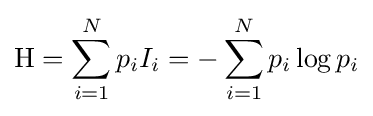
\mathrm {H} =\sum _{i=1}^{N}p_{i}I_{i}=-\sum _{i=1}^{N}p_{i}\log p_{i}